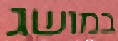
במושג